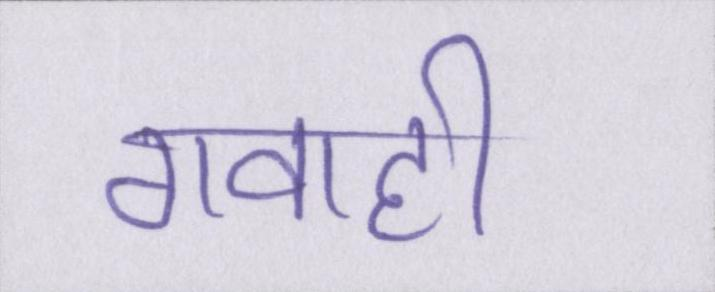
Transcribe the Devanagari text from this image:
गवाही